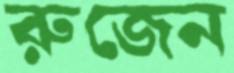
রুজেন